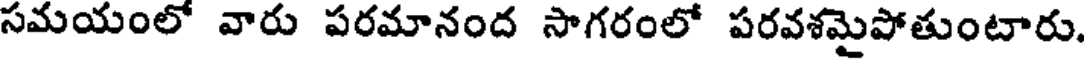
సమయంలో వారు పరమానంద సాగరంలో పరవశమైపోతుంటారు.